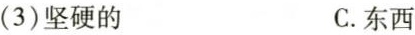
(3)坚硬的 C.东西